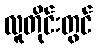
လူတိုင်းတွင်